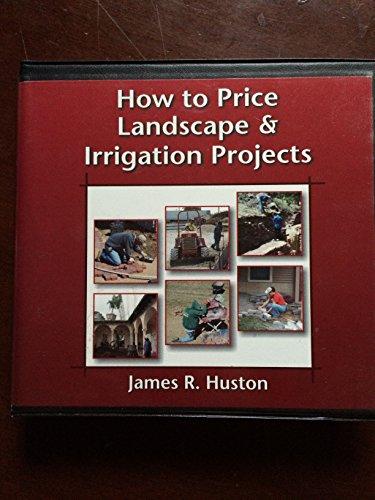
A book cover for How to Price Landscape and Irrigation Projects; James R. Huston; Science & Math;